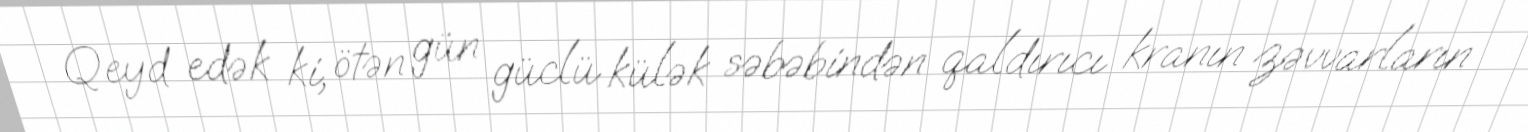
Qeyd edək ki, ötən gün güclü külək səbəbindən qaldırıcı kranın zəvvarların